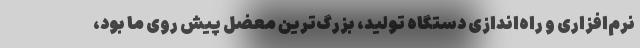
نرم‌افزاری و راه‌اندازی دستگاه تولید، بزرگ‌ترین معضل پیش روی ما بود،